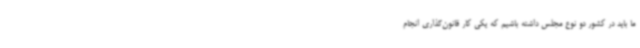
ما باید در کشور دو نوع مجلس داشته باشیم که یکی کار قانون‌گذاری انجام